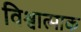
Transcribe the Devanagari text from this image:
विश्वात्माक